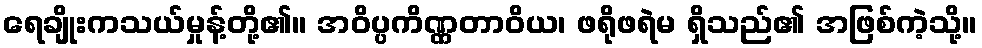
ရေချိုးကသယ်မှုန့်တို့၏။ အဝိပ္ပကိဏ္ဏတာဝိယ၊ ဖရိုဖရဲမ ရှိသည်၏ အဖြစ်ကဲ့သို့။